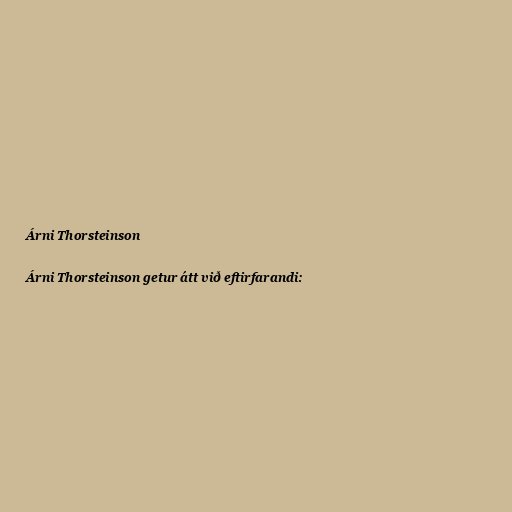
Árni Thorsteinson

Árni Thorsteinson getur átt við eftirfarandi: